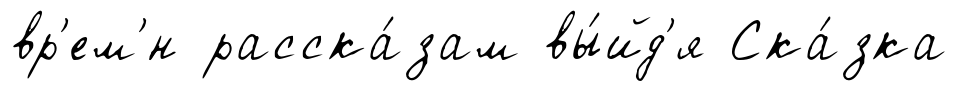
вр'ем'́н расска́зам вы́йд'я Ска́зка